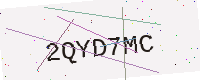
Text: 2QYD7MC